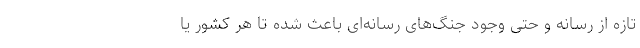
تازه از رسانه و حتی وجود جنگ‌های رسانه‌ای باعث شده تا هر کشور یا